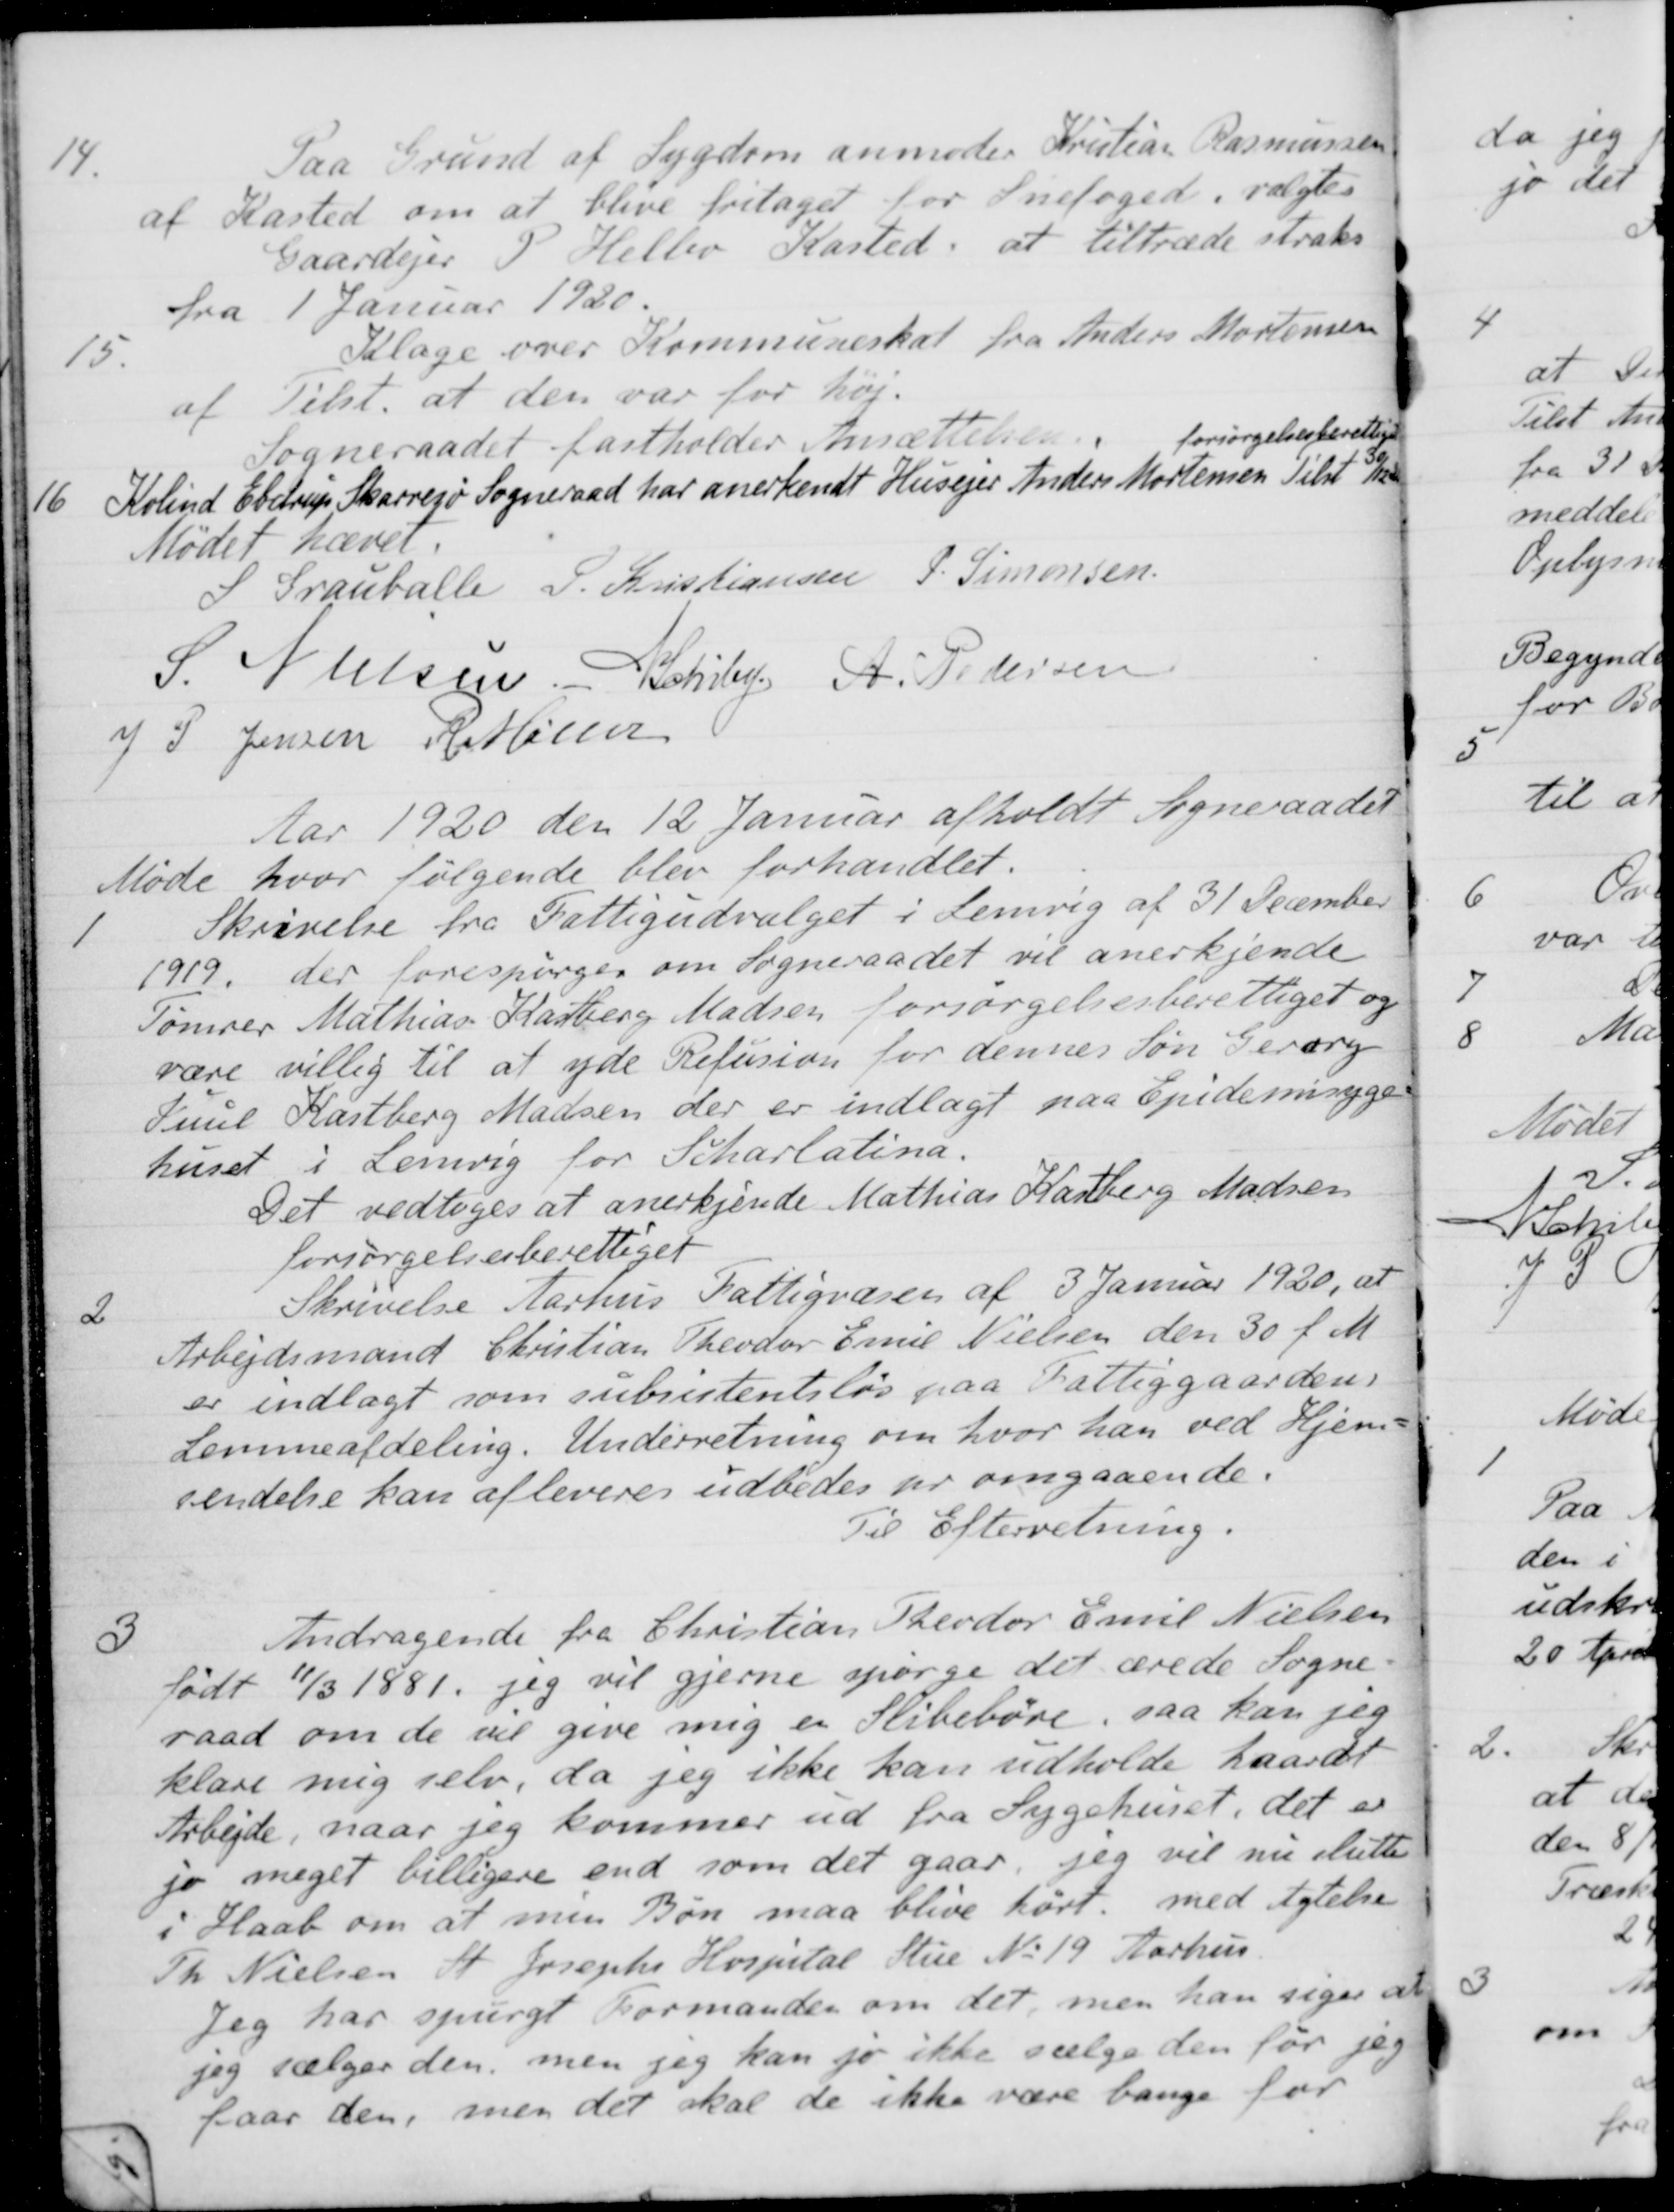
Transskription:
14.
Paa Grund af Sygdom anmoder Kristian Rasmussen
af Kasted om at blive fritaget for Snefoged, valgtes
Gaardejer P. Heller Kasted, at tiltræde straks
fra 1 Januar 1920.
15.
Klage over Kommuneskat fra Anders Mortensen
af Tilst. at den var for høj.
Sogneraadet fastholder Ansættelsen
16
Kolind Ebstrup Skarresø Sogneraad har anerkendt Husejer Anders Mortensen forsørgelsesberettiget Tilst 30/12
forsørgelsesberettiget
Tilst 30/12
Mødet hævet
S Grauballe
S. Kristiansen
P. Simonsen
S. Nielsen
N Schiby
A. Pedersen
J P. Jensen
R Møller
Aar 1920 den 12 Januar afholdt Sogneraadet
Møde hvor følgende blev forhandlet.
1
Skrivelse fra Fattigudvalget i Lemvig af 31 December
1919, der forespørges om Sogneraadet vil anerkjende
Tømrer Mathias Kastberg Madsen forsørgelsesberettiget og
være villig til at yde Refusion for dennes Søn Georg
Juul Kastberg Madsen der er indlagt paa Epidemisyge-
huset i Lemvig for Scharlatina.
Det vedtoges at anerkjende Mathias Karberg Madsen
forsørgelsesberettiget
2
Skrivelse Aarhus Fattigvæsen af 3 Januar 1920, at
Arbejdsmand Christian Theodor Emil Nielsen den 30 f. M.
er indlagt som subristentsløs paa Fattiggaardens
Lemmeafdeling. Underretning om hvor han ved Hjem-
sendelse kan afleveres udbedes pr omgaaende.
Til Efterretning.
3
Andragende fra Christian Theodor Emil Nielsen
født 11/3 1881, jeg vil gjerne spørge det ærede Sogne-
raad om de vil give mig en slibebøre, saa kan jeg
klare mig selv, da jeg ikke kan udholde haardt
Arbejde, naar jeg kommer ud fra Sygehuset, det er
jo meget billigere end som det gaar, jeg vil nu slutte
i Haab om at min Bøn maa blive hørt med Agtelse
Th. Nielsen St. Josephs Hospital Stue No 19 Aarhus.
Jeg har spurgt Formanden om det, men han siger at
jeg sælger den, men jeg kan jo ikke sælge den før jeg
faar den, men det skal de ikke være bange for